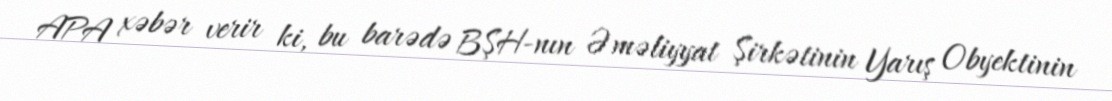
APA xəbər verir ki, bu barədə BŞH-nın Əməliyyat Şirkətinin Yarış Obyektinin